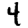
Digit: 4